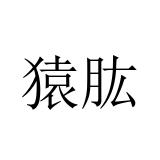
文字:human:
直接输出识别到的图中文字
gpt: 猿肱